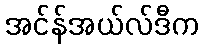
အင်န်အယ်လ်ဒီက